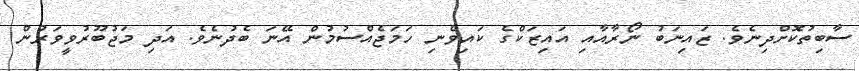
ސާބިތުކޮށްދިނެވެ. ޒައިނަބު ނޯރާއާއި އައިޒަކްގެ ކައިވެނި ހަމަޖެއްސުމުން އޭނަ ބެދުނެވެ. އަދި މަޖުބޫރުވީވަރުން